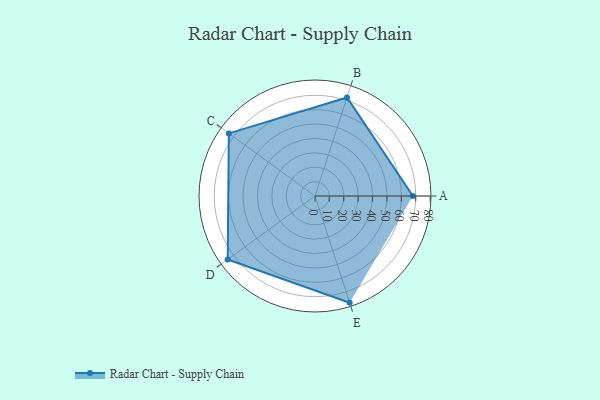
{"axis": {"x": "Skill", "y": "Score"}, "legend": ["Profile"], "data": [{"x": "A", "y": 68.0, "type": "Profile"}, {"x": "B", "y": 72.0, "type": "Profile"}, {"x": "C", "y": 74.0, "type": "Profile"}, {"x": "D", "y": 75.0, "type": "Profile"}, {"x": "E", "y": 78.0, "type": "Profile"}]}